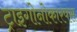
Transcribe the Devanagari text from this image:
ट्राइगोनोकारपस